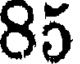
85